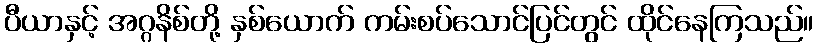
ပီယာနှင့် အဂ္ဂနိစ်တို့ နှစ်ယောက် ကမ်းစပ်သောင်ပြင်တွင် ထိုင်နေကြသည်။